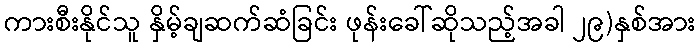
ကားစီးနိုင်သူ နှိမ့်ချဆက်ဆံခြင်း ဖုန်းခေါ်ဆိုသည့်အခါ ၂၉)နှစ်အား